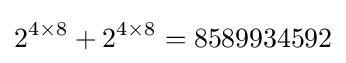
2^{4\times 8}+2^{4\times 8}=8589934592